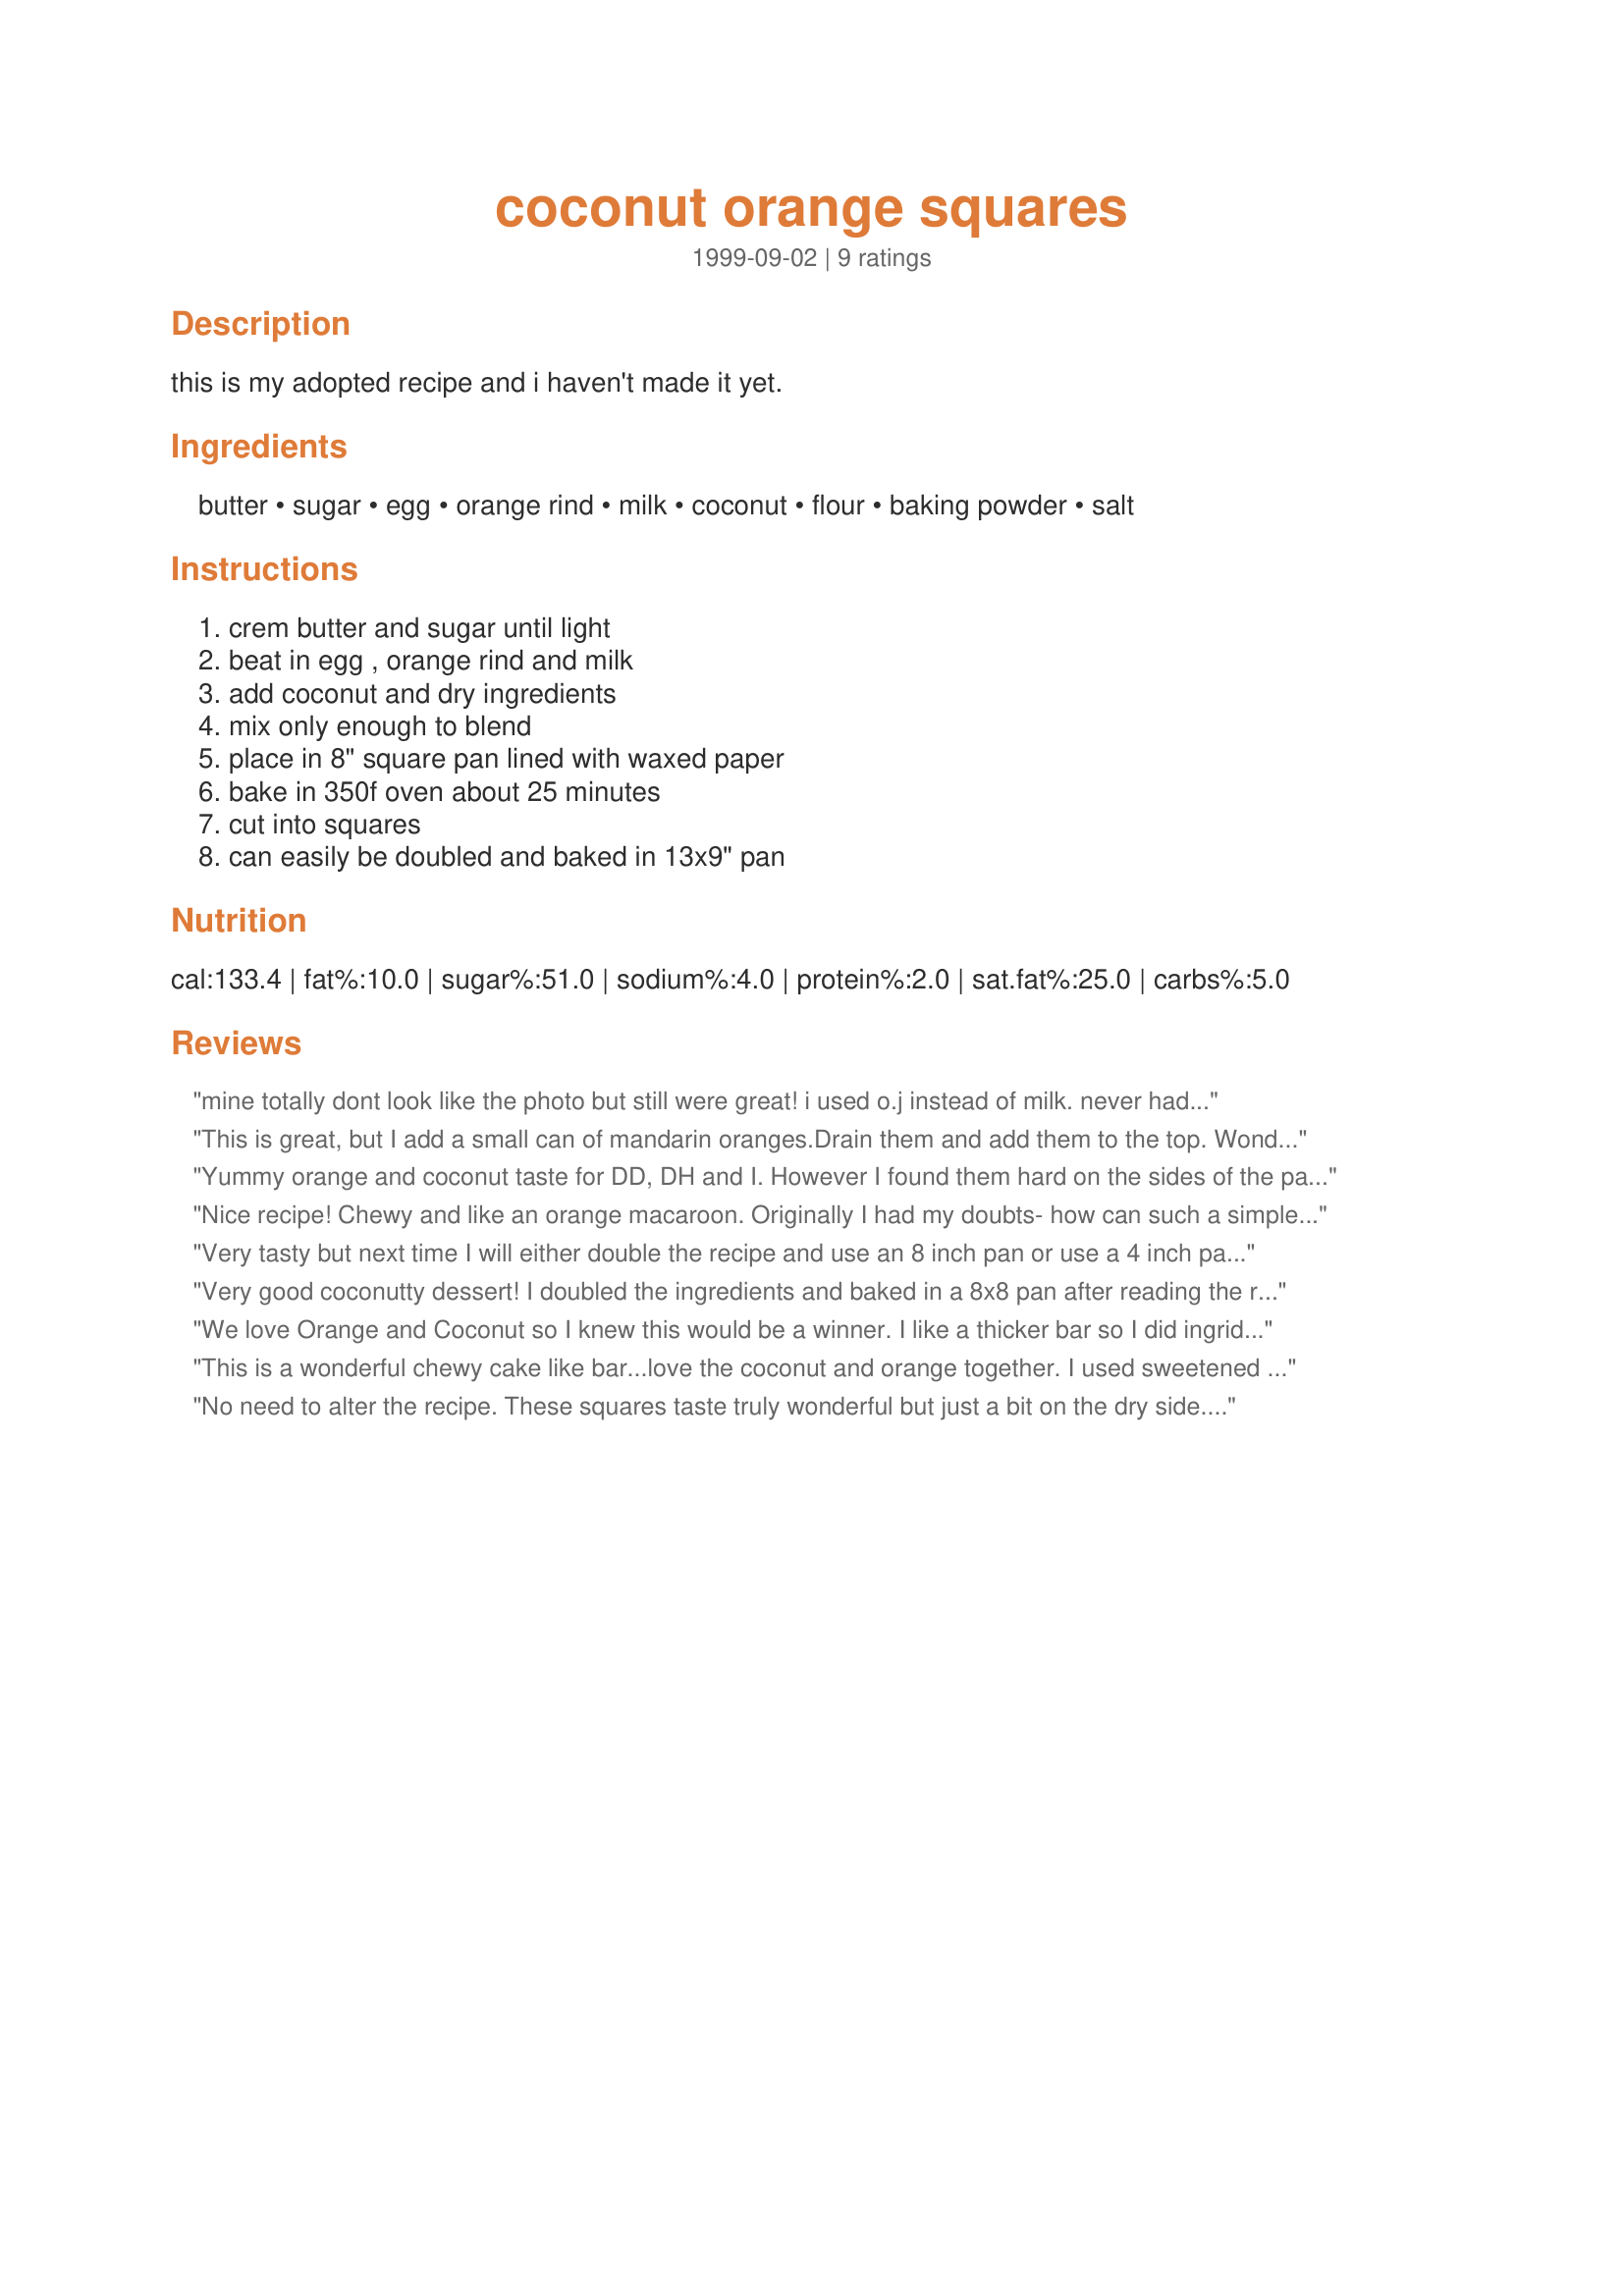
coconut orange squares
Preparation time: 0 minutes

this is my adopted recipe and i haven't made it yet.

Ingredients:
butter, sugar, egg, orange rind, milk, coconut, flour, baking powder, salt

Steps:
crem butter and sugar until light, beat in egg , orange rind and milk, add coconut and dry ingredients, mix only enough to blend, place in 8" square pan lined with waxed paper, bake in 350f oven about 25 minutes, cut into squares, can easily be doubled and baked in 13x9" pan

Reviews:
mine totally dont look like the photo but still were great! i used o.j instead of milk. never had any rinds. very nice!
This is great, but I add a small can of mandarin oranges.Drain them and add them to the top. Wonderful!!!!
Yummy orange and coconut taste for DD, DH and I. However I found them hard on the sides of the pan and that is why I took off a star. I'm not sure why this happened, it may be because of my substitutions or like another reviewer stated they were too thin. I used canola oil instead of butter as we are dairy free, white sugar for the sugar, egg replacer and orange juice for the liquid in the egg as well as to replace the milk like a couple other reviewers did as well. I used desiccated (smaller than shredded) coconut but believe flaked would be better in this. I used Recipe #256259 for the flour and gluten free baking powder and sea salt for the salt. I forgot to grease my glass baking dish so it stuck like crazy but even though it broke into millions of pieces because of that, it was very tasty and I would make this again though next time I would like to try with flaked coconut and raw cane sugar. Photo posted. Made for ZWT5 for Cooks With Dirty Faces.
Nice recipe! Chewy and like an orange macaroon. Originally I had my doubts- how can such a simple recipe be any good? But it is! I thought about putting an icing on it but it doesn't need one (sweet enough). Maybe cream cheese? I used orange juice instead of milk but i don't think I needed to, it's pretty orangey (but I have great tangy oranges). Hubby liked it so much he cut HUGE pieces (I also doubled the recipe). Thanks!
Very tasty but next time I will either double the recipe and use an 8 inch pan or use a 4 inch pan because the squares were too thin, great flavor though.
Very good coconutty dessert! I doubled the ingredients and baked in a 8x8 pan after reading the reviews since we like it thicker also. I only used orange juice not milk and cut down on the sugar. We love it!
We love Orange and Coconut so I knew this would be a winner. I like a thicker bar so I did ingridents x4 on this. I don't have alot of patience to measure for baking so I eyeballed it. I used the juice and zest of one orange,2 eggs, 1 1/2 cups sugar, 1 stick of butter, flour x 3, bp x 4 and a whole bag of coconut. The result was delicous. DH and DS enjoyed as well as me. Going into my favorite zaar recipes. Sorry for the long review but I wanted you to know how good it was multiplying the recipe. Thanks :) Made for ZWT 5.
This is a wonderful chewy cake like bar...love the coconut and orange together. I used sweetened flaked coconut because that is what I had o hand but I forgot to cut the sugar back. I think that made the recipe a tad too sweet. When making again (and yes, I will make this again) I will cut the sugar back quite a bit if the coconut is sweetened. Thanks Dreamgoddess for such a tasty recipe. Made for the 29th AUS/NZ Recipe Swap.
No need to alter the recipe. These squares taste truly wonderful but just a bit on the dry side. To get it a little moister, simply cover the pan with foil as soon as it comes out of the oven while cooling. Another tip...if you are using sweetened coconut flakes, cut the sugar back in half. <br/><br/>Great recipe. Thank you!
